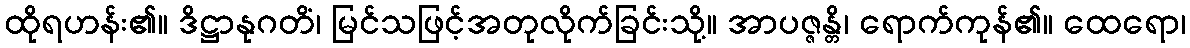
ထိုရဟန်း၏။ ဒိဋ္ဌာနုဂတိံ၊ မြင်သဖြင့်အတုလိုက်ခြင်းသို့။ အာပဇ္ဇန္တိ၊ ရောက်ကုန်၏။ ထေရော၊